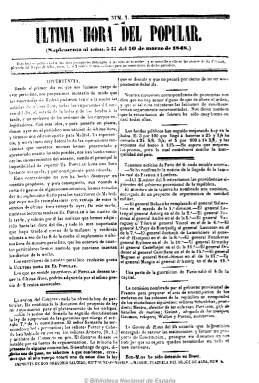
Título: Última hora del Popular
Colección: Periódicos anteriores a 1850
Ámbito geográfico: Madrid
Lugar de publicación: Madrid
Fechas: 10/03/1848-13/06/1848

Hoja diaria (excepto los domingos) que el periódico vespertino El popular empezó a tirar aparte durante varios meses de 1848 con las últimas noticias que habían llegado a su redacción. Mientras que el diario moderado cerraba su edición al mediodía y aparecía a las cuatro de la tarde, su suplemento lo hacía a las ocho de la noche, sólo para Madrid y siendo gratuito para sus suscriptores. Estaba estampado en una plana en la imprenta de Gregorio Salcedo, que era también el editor responsable de El popular. Incluía el mismo tipo de noticias que el periódico: sesiones del Congreso, sucesos políticos, información de fondos públicos y de las bolsas de cotización, etc.